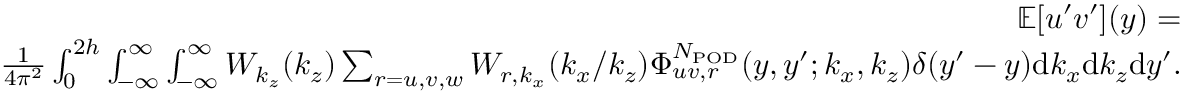
\begin{array} { r l r } & { } & { \mathbb { E } [ u ^ { \prime } v ^ { \prime } ] ( y ) = } \\ & { } & { \frac { 1 } { 4 \pi ^ { 2 } } \int _ { 0 } ^ { 2 h } \int _ { - \infty } ^ { \infty } \int _ { - \infty } ^ { \infty } W _ { k _ { z } } ( k _ { z } ) \sum _ { r = u , v , w } W _ { r , k _ { x } } ( k _ { x } / k _ { z } ) \Phi _ { u v , r } ^ { N _ { \mathrm { P O D } } } ( y , y ^ { \prime } ; k _ { x } , k _ { z } ) \delta ( y ^ { \prime } - y ) \mathrm { d } k _ { x } \mathrm { d } k _ { z } \mathrm { d } y ^ { \prime } . } \end{array}